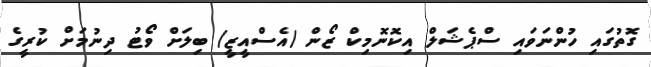
ގޮތުގައި ހުންނަވައި ސްޕެޝަލް އިކޮނޮމިކް ޒޯން (އެސްއީޒީ) ބިލަށް ވޯޓު ދިނުމަށް ކުރީގެ